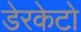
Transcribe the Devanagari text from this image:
डेरकेटो